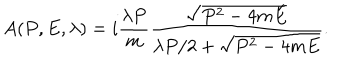
A ( P , E , \lambda ) = i { \frac { \lambda P } { m } } { \frac { \sqrt { P ^ { 2 } - 4 m E } } { { \lambda P / 2 } + \sqrt { P ^ { 2 } - 4 m E } } } .